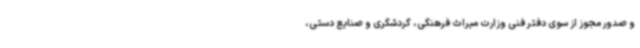
و صدور مجوز از سوی دفتر فنی وزارت میراث فرهنگی، گردشگری و صنایع دستی،